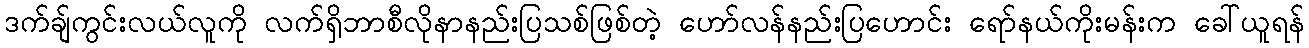
ဒက်ချ်ကွင်းလယ်လူကို လက်ရှိဘာစီလိုနာနည်းပြသစ်ဖြစ်တဲ့ ဟော်လန်နည်းပြဟောင်း ရော်နယ်ကိုးမန်းက ခေါ်ယူရန်